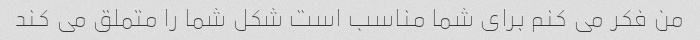
من فکر می کنم برای شما مناسب است شکل شما را متملق می کند